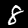
Digit: 8